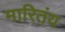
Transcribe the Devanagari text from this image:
मारितंय